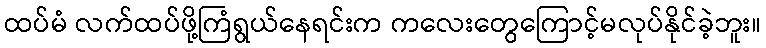
ထပ်မံ လက်ထပ်ဖို့ကြံရွယ်နေရင်းက ကလေးတွေကြောင့်မလုပ်နိုင်ခဲ့ဘူး။